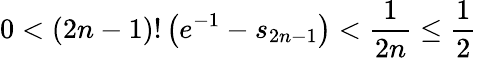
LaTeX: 0<(2n-1)!\left(e^{-1}-s_{2n-1}\right)<{\frac{1}{2n}}\leq{\frac{1}{2}}